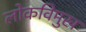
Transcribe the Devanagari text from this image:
लोकविमुख